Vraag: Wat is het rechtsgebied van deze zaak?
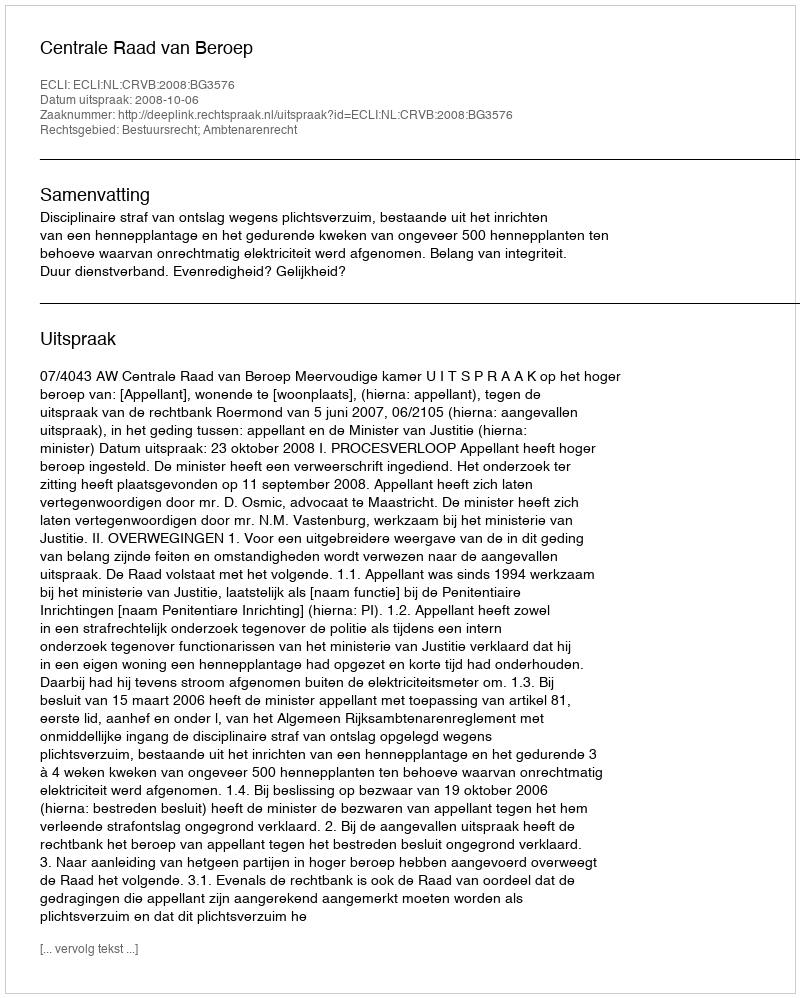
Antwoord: Bestuursrecht; Ambtenarenrecht